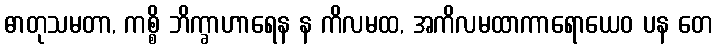
ဓာတုသမတာ, ကစ္စိ ဘိက္ခာဟာရေန န ကိလမထ, အကိလမထာကာရောယေဝ ပန တေ